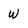
Character: W